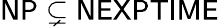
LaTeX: \mathsf{NP\subsetneq NEXPTIME}